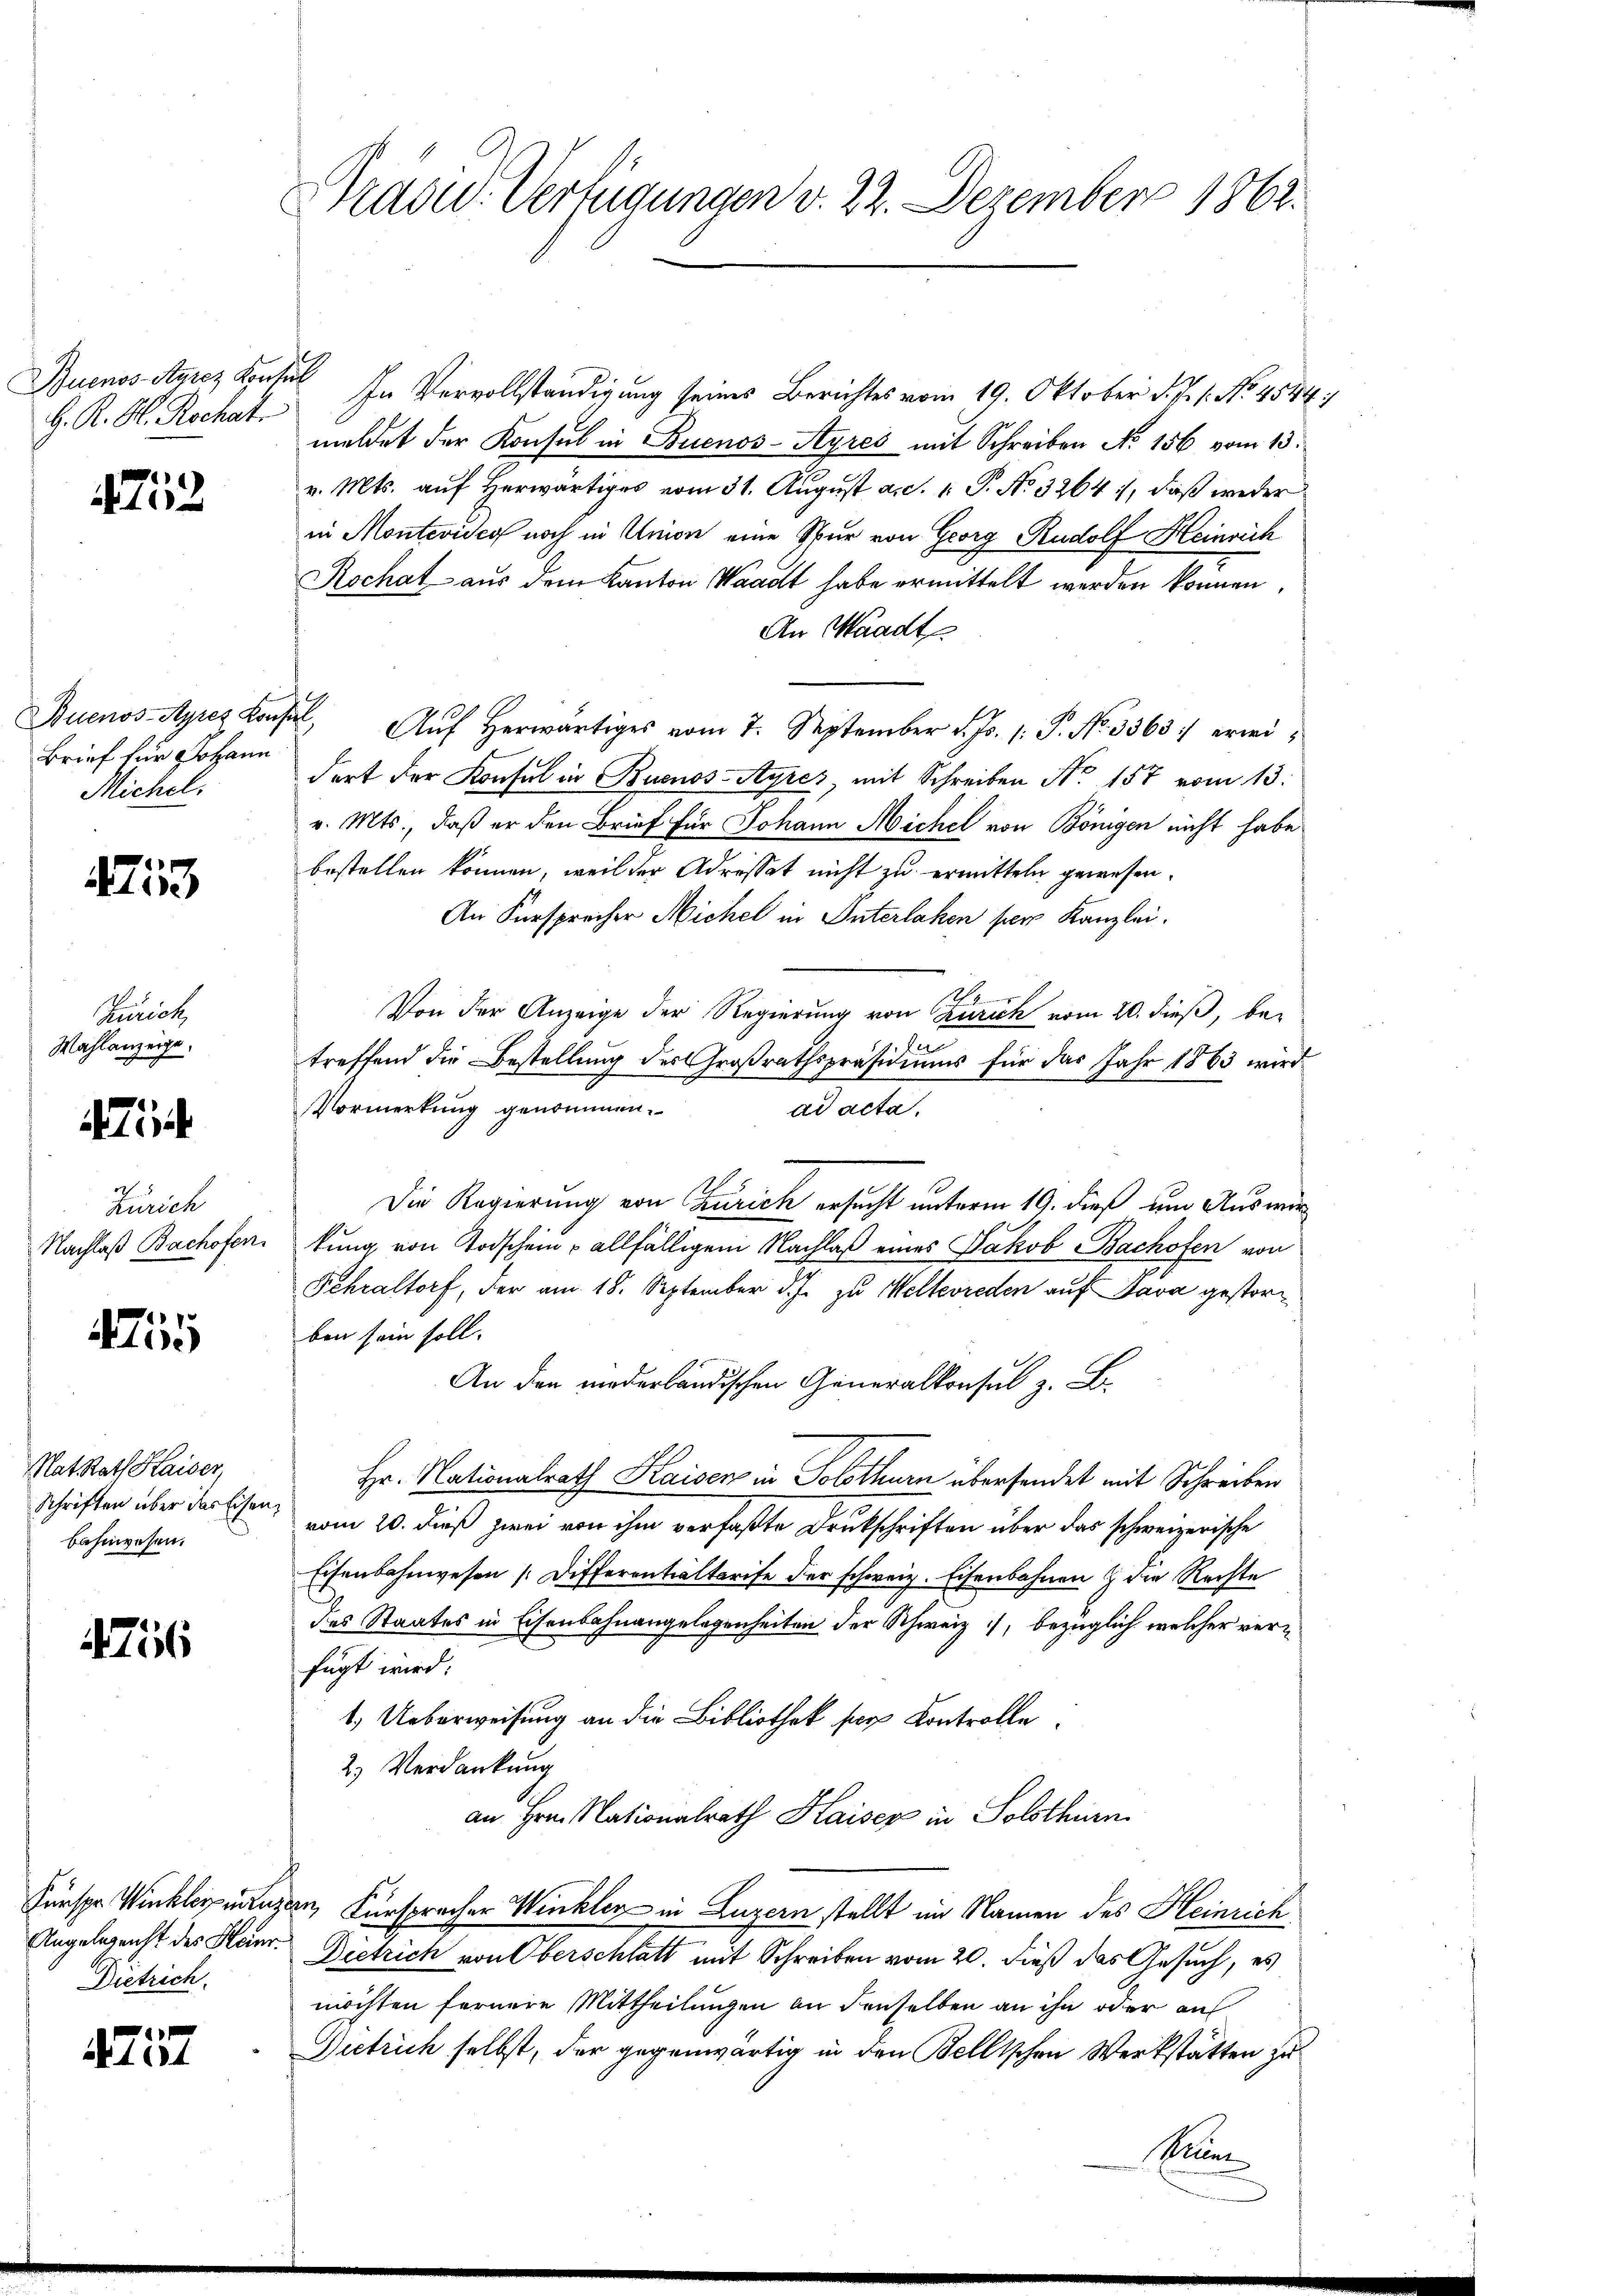
H. K. H. Rochat.

2

Brief für Johann
Michel.

413

Zürich,
Wahlanzeige.
i
Zürich
Nachlaß Bachofen.

455

Rat Rath Kaiser,
Schriften über das Eisen,
bahnwesen.

Ai

Dietrich.

7
ait et

Prade. Verfügungen d. 22. Dezember 1862.

Buenos Ayrez Konsul In Vervollständigung seines Berichtes vom 19. Oktober d. J. 1. No. 4544:
meldet der Konsul in Buenos-Ayres mit Schreiben No. 156 vom 13.
v. Mts. auf Herwärtiges vom 31. August a. d. 1. P. No 3264), daß weder
in Montevideo noch in Union eine Spur von Georg Rudolf Heinrich
Rochat aus dem Kanton Waadt habe ermittelt werden können,
An Waadt
Buenos-Ayrez. Konsul, Aŭf herwärtiges vom 7. September v. Js. (: P. Nr. 3363 :/ erweidort der Konsul in Buenos-Ayres, mit Schreiben No. 157 vom 13.
v. Mts., daß er den Brief für Johann Michel von Bönigen nicht habe
bestellen können, weil der Adressat nicht zu ermitteln gewesen.
An Fürsprecher Michel in Interlaken per Kanzlei.
Von der Anzeige der Regierung von Zürich vom 20. dieß, be¬
9. Le
treffend die Bestellung des Großrathspräsidiums für das Jahr 1863 wird
Vormerkung genommen.
ad acta.
Die Regierung von Zürich ersucht unterm 19. dieß um Auswirkung von Todschein allfälligen Nachlaß eines Jakob Bachofen von
Fehraltorf, der am 18. September d.J. zu Weltereden auf Java gestorben sein soll. |
An der erländischen Generalkonsul z. B.
Hr. Nationalrath Haisen in Solothurn übersendet mit Schreiben
vom 20. dieß zwei von ihm verfaßte Drukschriften über das schweizerische
Eisenbahnwesen [Differentialtarife der schweiz. Eisenbahnen & die Rechte
des Staates in Eisenbahnangelegenheiten der Schweiz, bezüglich welcher verfügt wird:
1.) Ueberweisung an die Bibliothek ser Kontrolle
2) Verdankung
an Hrn. Nationalrath Haiser in Solothurn
Fürspr. Winklereitigen, Fürspracher Winkler in Luzern stellt im Namen des Heinrich
Angelegenst des Haur. Dietrich von Oberschlatt mit Schreiben vom 20. dieß das Gesuch, es
möchten fernere Mittheilungen an denselben an ihn oder auf
Dietrich selbst, der gegenwärtig in den Bellischen Werkstätten zu
Bun